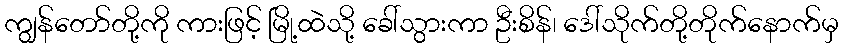
ကျွန်တော်တို့ကို ကားဖြင့် မြို့ထဲသို့ ခေါ်သွားကာ ဦးစိန်၊ ဒေါ်သိုက်တို့တိုက်နောက်မှ